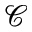
\mathcal { C }